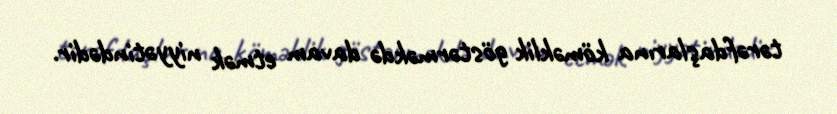
tərəfdaşlarına köməklik göstərməkdə davam etmək niyyətindədir.